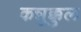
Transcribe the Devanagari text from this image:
कन्नुक्कुल